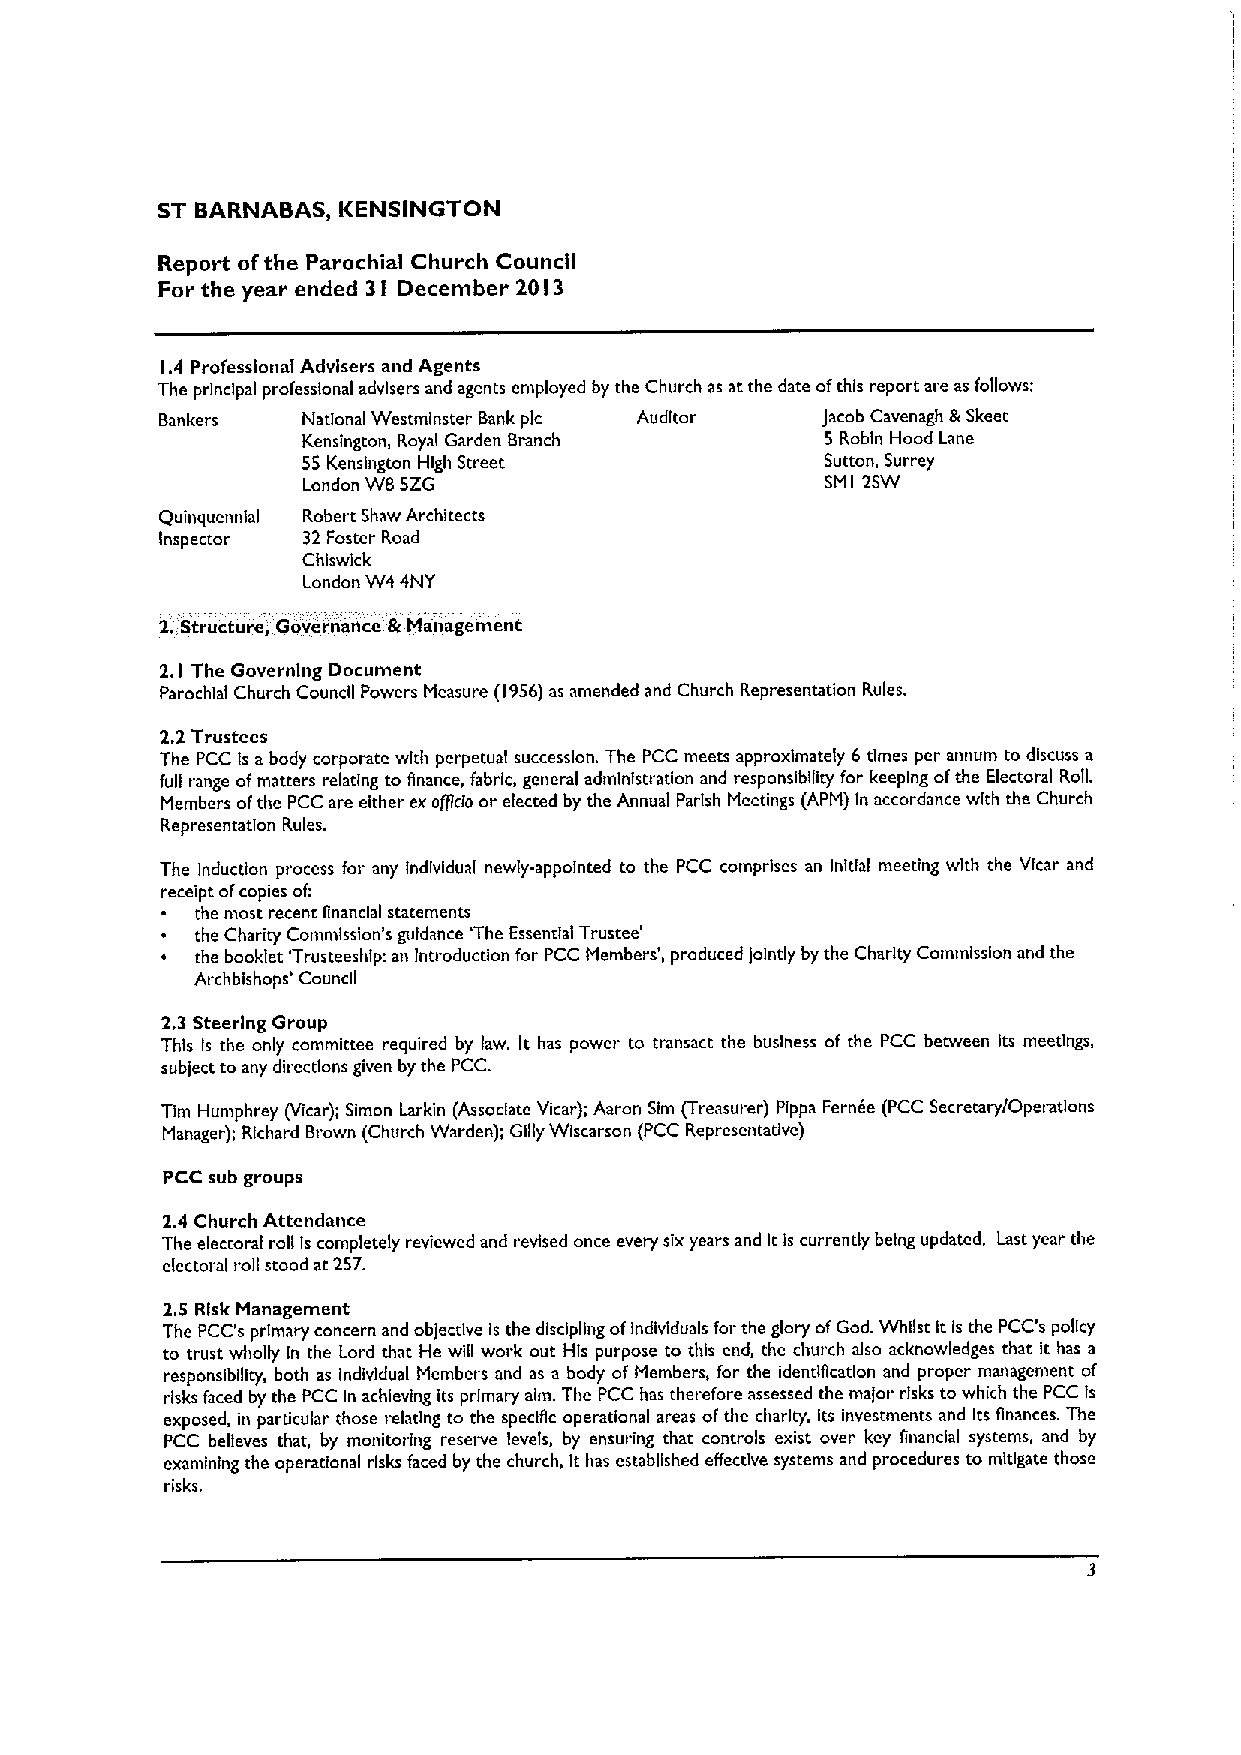
ST BARNABAS, KENSINGTON
 Report ofthe Parochial Church Council
 For the year ended 3I December 20 I3
 1.4 Professional Advisers and Agents
 The principal professional advisers and agents employed by the Church as at the date ofthis report are as follows:
 Bankers   National Westminster Bank pic Auditor jacob Cavenagh g Skeet
 Kensington, Royal Garden Branch    5 Robin Hood Lane
 55 Kensington High Street          Sutton, Surrey
 London WB5ZG                       SMI 2SW
 Quinquennial Robert Shaw Architects
 Inspector 32Foster Road
 Chiswick
 London W4 4NY
 2.Structure, Governance &Management
 2. The Governing Document
 1
 Parochial Church Council Powers Measure (1956)as amended and Church Representation Rules.
 2.2Trustees
 The PCC fs a body corporate with perpetual succession. The PCC meets approximately 6times per annum to discuss a
 full range ofmatters relating to finance, fabric, general administration and responsibility for keeping ofthe Electoral Roll.
 Members ofthe PCC are either exof/icfo or elected by the Annual Parish Meetings (APM) In accordance with the Church
 Representation Rules.
 The Induction pracess for any Individual newly-appointed to the PCC comprises an Initial meeting with the Vicar and
 receipt o(copies of:
 the most recent financial statements
 ~ the Charity Commission's guidance 'The Essential Trustee'
 ~ the booklet 'Trusteeship: an Introduction for PCC Members', produced jointly by the Charity Commission and the
 Archbishops' Council
 2,3 Steering Group
 This Is the only committee required by law. It has power to transact the business of the PCC between its meetings,
 subject to any directions given by the PCC.
 Tlm Humphrey (Vicar); Simon Larkin (Associate Vicar); Aaran Sim (Treasurer) Pippa Fernee (PCC Secretary/Operatlans
 Manager); Richard Brown (Church Warden); Gllly Wiscarson (PCC Representative)
 PCC sub groups
 2.4 Church Attendance
 The electoral roll Iscompletely reviewed and revised once every six years and Itis currently being updated, Last year the
 electoral roll stood at 257.
 2.5 Risk Management
 The PCC's primary concern and objective Is the dis«ipling ofIndividuals for the glory ofGod.Whilst Ir.Is the PCC's policy
 to trust wholly In the Lord that He will work out His purpose to this end, the church also acknowledges that it has a
 responsibility, both as Individual Members and as a body of Members, for the identigcatlon and proper management of
 risks faced by the PCC In achieving its primary aim. The PCC has therefore assessed the major risks to which the PCC Is
 exposed, in particular those relating to the specific operational areas ofthe charity, Its investments and Its Bnances. The
 PCC believes that, by monitoring reserve levels, by ensuring that controls exist over key financial systems, and by
 examining the operational risks faced by the church, It has established effective systems and procedures to mitigate those
 risks.